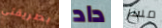
بطريقتي داد مسز